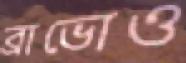
ব্রাভোও